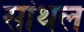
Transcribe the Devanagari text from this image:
सांथल